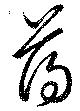
蕩